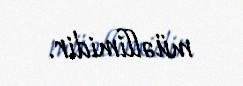
müəllimidir.